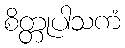
စိတ္တုပါသကံ